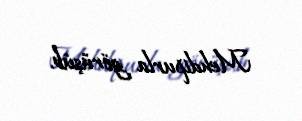
Mehdipurla görüşüb.